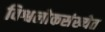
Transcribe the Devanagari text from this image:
विश्वलोकसंख्येत